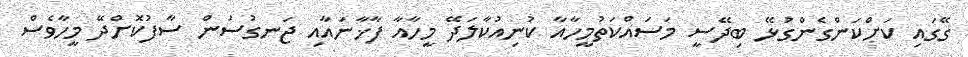
ގޭގައި ކަށްކަންގެންގުޅޭ ބިދޭސީ މަސައްކަތުމީހާއާ ކުނިއުކާލަދޭ މީހާއާ ފާޚާނައާއި ޖަނގުސަން ސާފުކޮށްދޭ މީހާވެސް